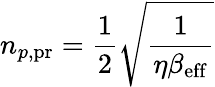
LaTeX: n_{p,{\mathrm{pr}}}=\frac{1}{2}\sqrt{\frac{1}{\eta\beta_{\mathrm{eff}}}}